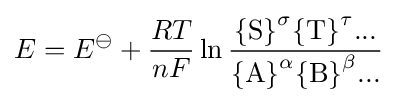
E=E^{\ominus }+{\frac {RT}{nF}}\ln {\frac {{\{{\ce {S}}\}}^{\sigma }{\{{\ce {T}}\}}^{\tau }...}{{\{{\ce {A}}\}}^{\alpha }{\{{\ce {B}}\}}^{\beta }...}}